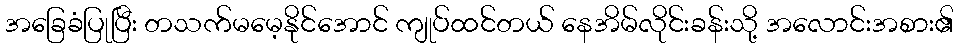
အခြေခံပြုပြီး တသက်မမေ့နိုင်အောင် ကျုပ်ထင်တယ် နေအိမ်လိုင်းခန်းသို့ အလောင်းအစား၏